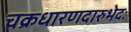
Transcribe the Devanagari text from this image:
चक्रधारणदारुभेदः